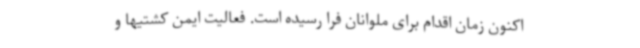
اکنون زمان اقدام برای ملوانان فرا رسیده است. فعالیت ایمن کشتیها و